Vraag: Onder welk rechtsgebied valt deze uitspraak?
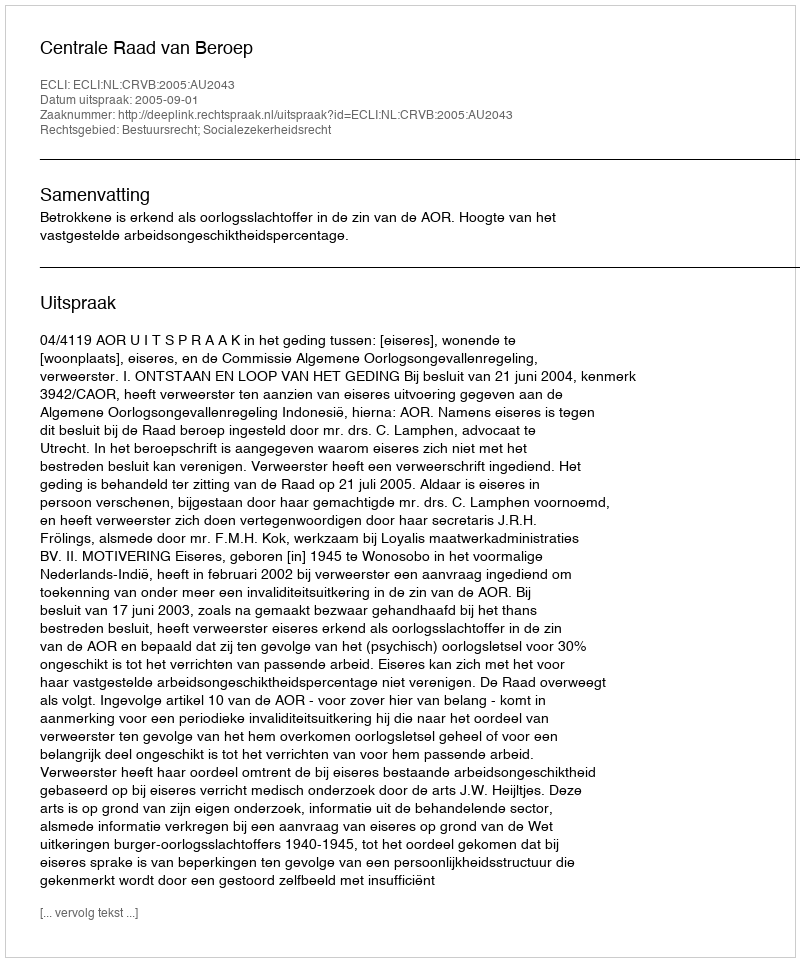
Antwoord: Bestuursrecht; Socialezekerheidsrecht